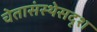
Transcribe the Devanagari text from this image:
चेतासंस्थेसदृश